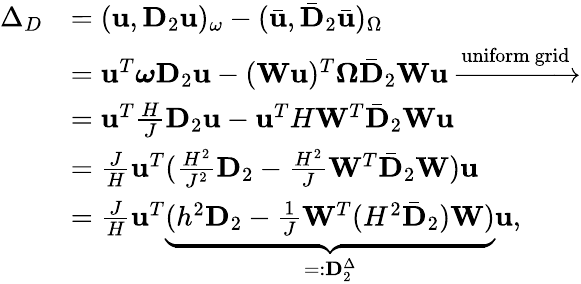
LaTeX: \begin{array}{rl}{\Delta_{D}}&{=(\mathbf{u},\mathbf{D}_{2}\mathbf{u})_{\omega}-(\bar{\mathbf{u}},\bar{\mathbf{D}}_{2}\bar{\mathbf{u}})_{\Omega}}\\ &{=\mathbf{u}^{T}\boldsymbol{\omega}\mathbf{D}_{2}\mathbf{u}-(\mathbf{W}\mathbf{u})^{T}\boldsymbol{\Omega}\bar{\mathbf{D}}_{2}\mathbf{W}\mathbf{u}\xrightarrow{\mathrm{uniform~grid}}}\\ &{=\mathbf{u}^{T}\frac{H}{J}\mathbf{D}_{2}\mathbf{u}-\mathbf{u}^{T}H\mathbf{W}^{T}\bar{\mathbf{D}}_{2}\mathbf{W}\mathbf{u}}\\ &{=\frac{J}{H}\mathbf{u}^{T}(\frac{H^{2}}{J^{2}}\mathbf{D}_{2}-\frac{H^{2}}{J}\mathbf{W}^{T}\bar{\mathbf{D}}_{2}\mathbf{W})\mathbf{u}}\\ &{=\frac{J}{H}\mathbf{u}^{T}\underbrace{(h^{2}\mathbf{D}_{2}-\frac{1}{J}\mathbf{W}^{T}(H^{2}\bar{\mathbf{D}}_{2})\mathbf{W})}_{=:\mathbf{D}_{2}^{\Delta}}\mathbf{u},}\end{array}